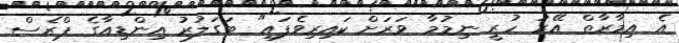
އެ އިމާރާތް އޭރު ހުރީ ނިމުމާ ވަރަށް ކައިރިވެފައި" ބަގަލުރު އިންޑިއާގެ ޕްރެސް